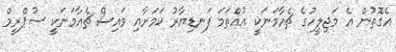
އެގޮތުން އެ މަޖިލީހުގެ ޗެއާމަނަކީ އުއްތަމަ ފަނޑިޔާރު ކަމަށާއި ވައިސް ޗެއާމަނަކީ ސުޕްރީމް